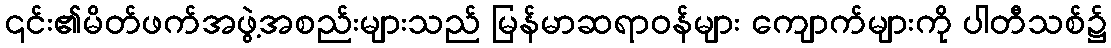
၎င်း၏မိတ်ဖက်အဖွဲ့အစည်းများသည် မြန်မာဆရာဝန်များ ကျောက်များကို ပါတီသစ်၌